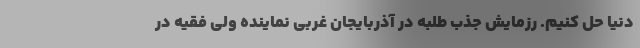
دنیا حل کنیم. رزمایش جذب طلبه در آذربایجان غربی نماینده ولی فقیه در